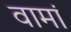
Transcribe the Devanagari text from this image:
वामां